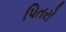
પિતરો